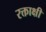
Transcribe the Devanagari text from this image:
रक्ताक्षी